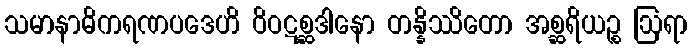
သမာနာဓိကရဏပဒေဟိ ဝိဝဋစ္ဆဒါနော တန္နိဿိတော အစ္ဆရိယဉ္စ ဩရာ